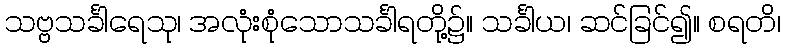
သဗ္ဗသင်္ခါရေသု၊ အလုံးစုံသောသင်္ခါရတို့၌။ သင်္ခါယ၊ ဆင်ခြင်၍။ စရတိ၊